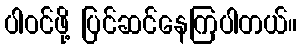
ပါဝင်ဖို့ ပြင်ဆင်နေကြပါတယ်။